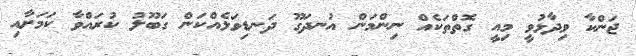
ޖަންކާ ވިދާޅުވީ މިއީ ގޮތްތަކެއް ނިންމަން އުނދަގޫ ދަނޑިވަޅެއްކަން ގަބޫލު ކުރައްވާ ކަމަށާއި